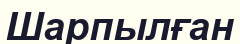
Шарпылған